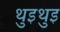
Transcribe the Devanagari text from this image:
थुइथुइ